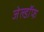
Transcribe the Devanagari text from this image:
जेल्डॉफ